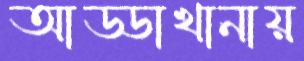
আড্ডাখানায়